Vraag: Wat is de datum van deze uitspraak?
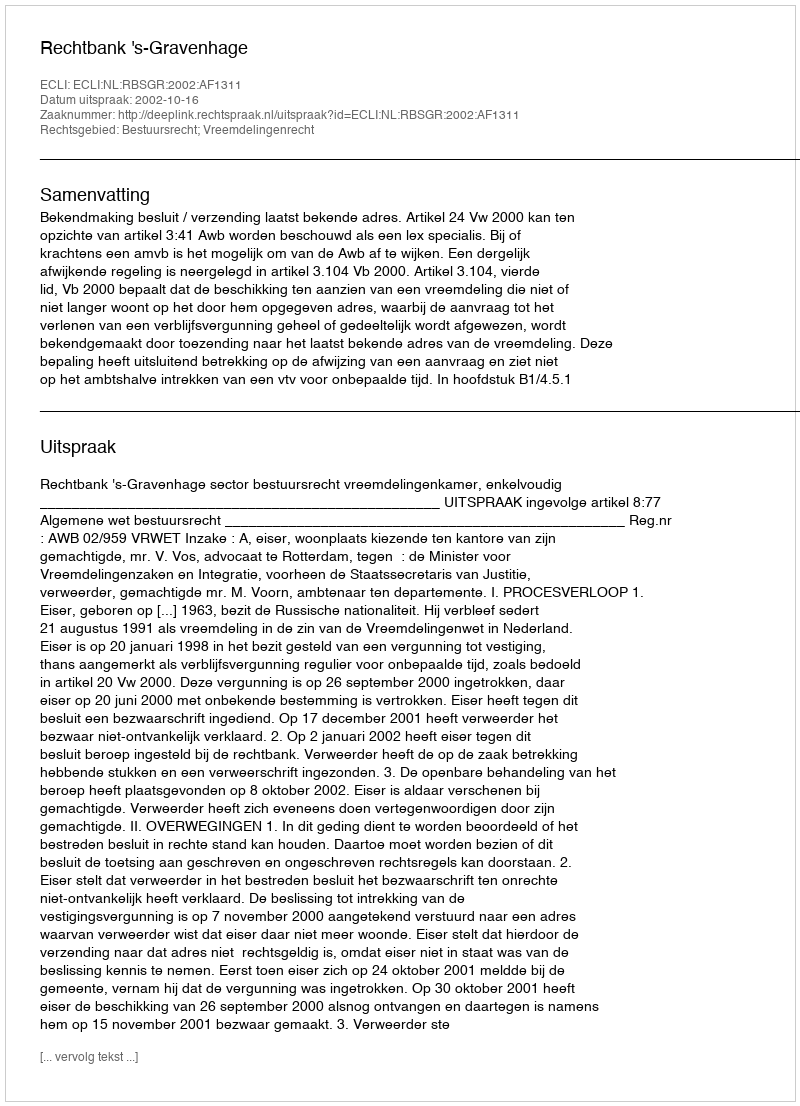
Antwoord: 2002-10-16